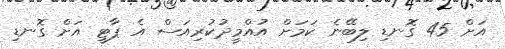
އަށް 45 ގޮނޑި ލިބޭނެ ކަމަށް އުއްމީދުކުރިއަސް އެ ޕާޓީ އަށް ގޮނޑި